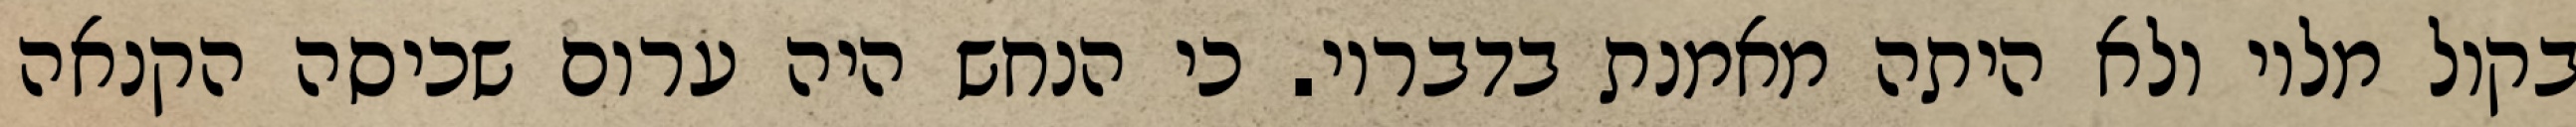
בקול מליו ולא היתה מאמנת בדבריו. כי הנחש היה ערום שכיסה הקנאה